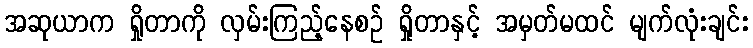
အဆုယာက ရှိုတာကို လှမ်းကြည့်နေစဉ် ရှိုတာနှင့် အမှတ်မထင် မျက်လုံးချင်း